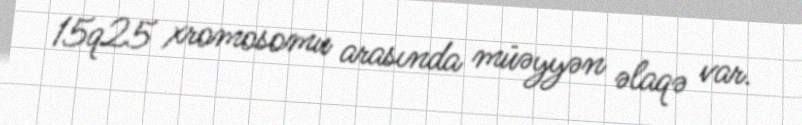
15q25 xromosomu arasında müəyyən əlaqə var.